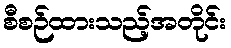
စီစဉ်ထားသည့်အတိုင်း